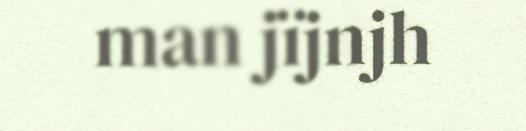
man jïjnjh